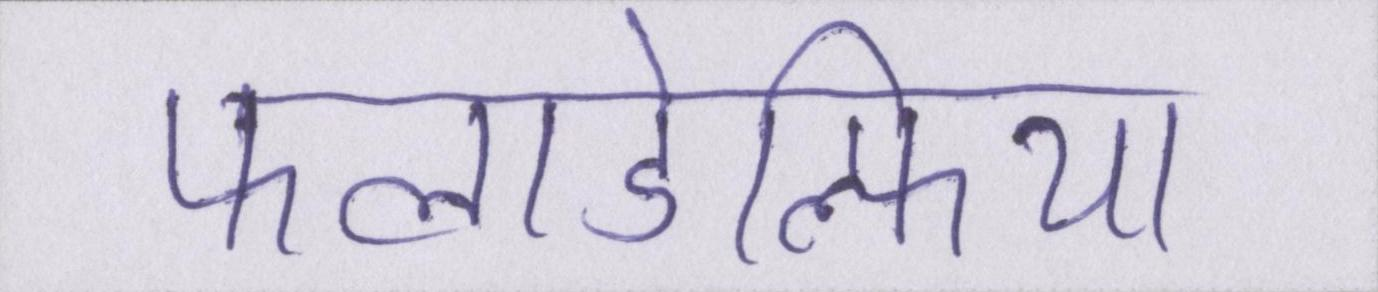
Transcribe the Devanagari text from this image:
फिलाडेल्फिया